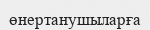
өнертанушыларға